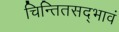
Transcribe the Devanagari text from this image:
चिन्तितसद्भावं